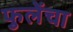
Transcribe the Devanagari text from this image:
फुलेंचा